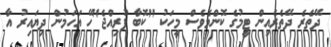
ދޭތެރެ ދޭތެރެއިން ޓީމުގެ ކޮންމެވެސް މީހަކު "ކޮބާ ފުރިއްޖެ"ހޭ އަހަމުން ދިޔައިރު އާ